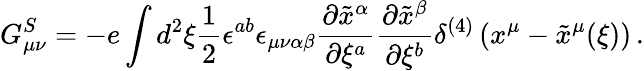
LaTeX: G_{\mu\nu}^{S}=-e\int d^{2}\xi\frac{1}{2}\epsilon^{ab}\epsilon_{\mu\nu\alpha\beta}\frac{\partial\tilde{x}^{\alpha}}{\partial\xi^{a}}\frac{\partial\tilde{x}^{\beta}}{\partial\xi^{b}}\delta^{(4)}\left(x^{\mu}-\tilde{x}^{\mu}(\xi)\right)\, .